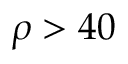
\rho > 4 0